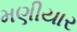
મણીયાર